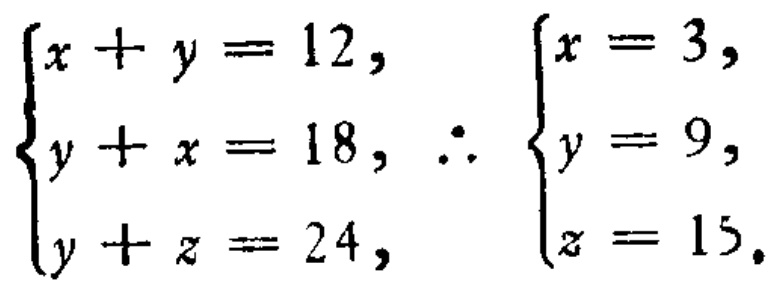
\[\begin{cases}
x + y = 12, \\
y + x = 18, \\
y + z = 24,
\end{cases}
\therefore
\begin{cases}
x = 3, \\
y = 9, \\
z = 15.
\end{cases}\]